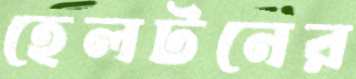
হেলটনের